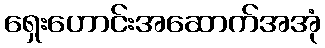
ရှေးဟောင်းအဆောက်အအုံ